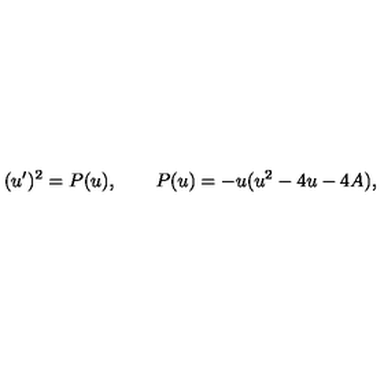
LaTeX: ( u ^ { \prime } ) ^ { 2 } = P ( u ) , \qquad P ( u ) = - u ( u ^ { 2 } - 4 u - 4 A ) ,